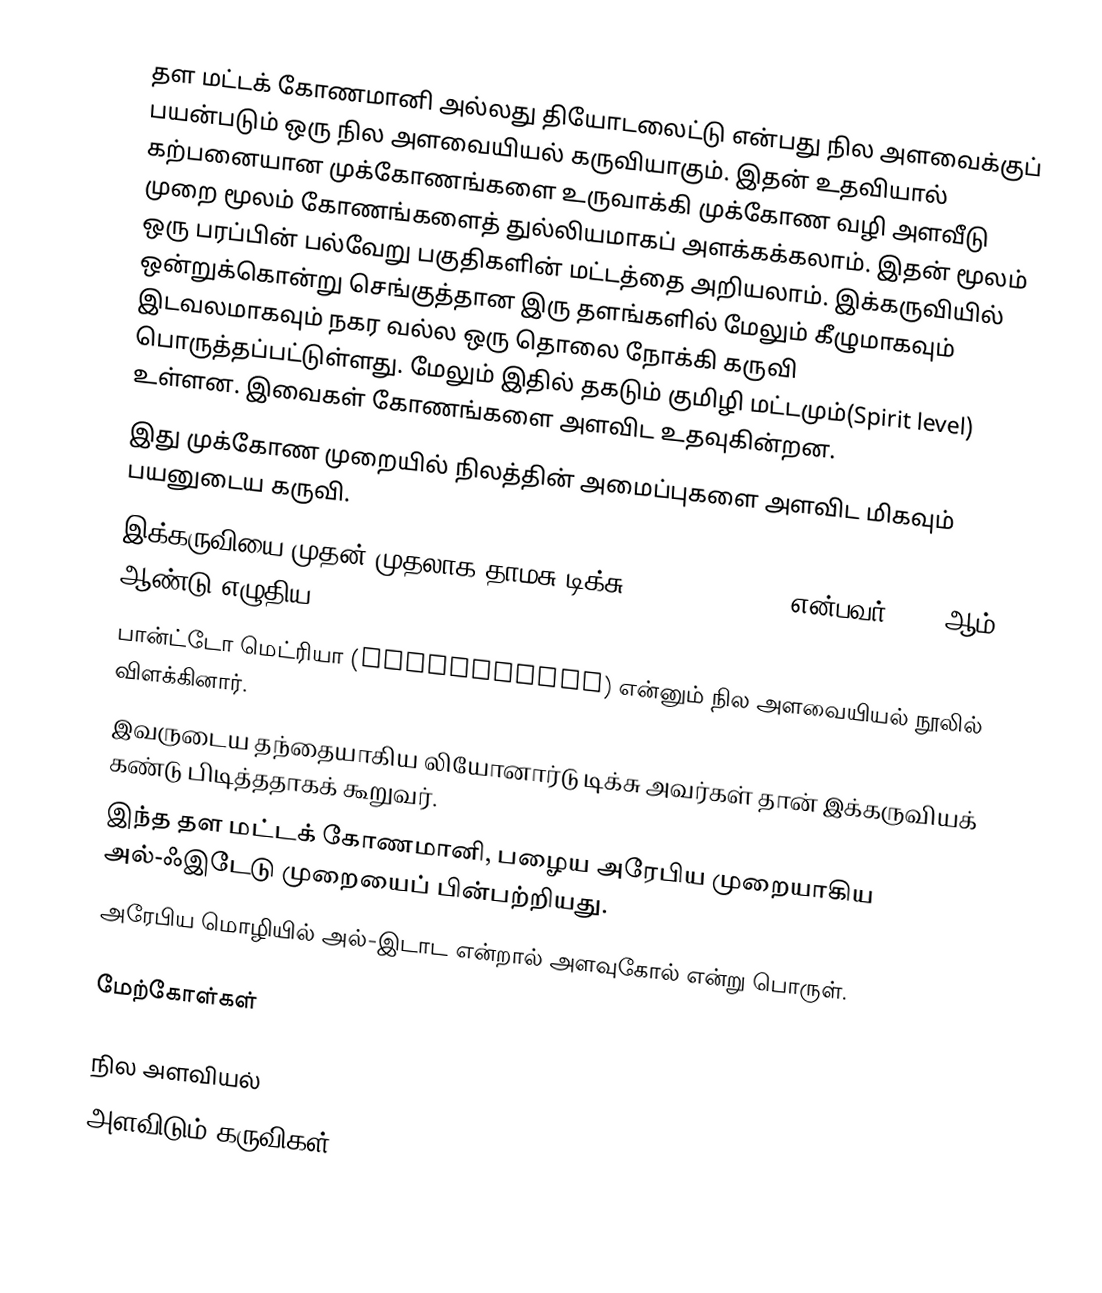
தள மட்டக் கோணமானி அல்லது தியோடலைட்டு என்பது நில அளவைக்குப் பயன்படும் ஒரு நில அளவையியல் கருவியாகும். இதன் உதவியால் கற்பனையான முக்கோணங்களை உருவாக்கி முக்கோண வழி அளவீடு முறை மூலம் கோணங்களைத் துல்லியமாகப் அளக்கக்கலாம். இதன் மூலம் ஒரு பரப்பின் பல்வேறு பகுதிகளின் மட்டத்தை அறியலாம். இக்கருவியில் ஒன்றுக்கொன்று செங்குத்தான இரு தளங்களில் மேலும் கீழுமாகவும் இடவலமாகவும் நகர வல்ல ஒரு தொலை நோக்கி கருவி பொருத்தப்பட்டுள்ளது. மேலும் இதில் தகடும் குமிழி மட்டமும்(Spirit level) உள்ளன. இவைகள் கோணங்களை அளவிட உதவுகின்றன.
இது முக்கோண முறையில் நிலத்தின் அமைப்புகளை அளவிட மிகவும் பயனுடைய கருவி.
இக்கருவியை முதன் முதலாக தாமசு டிக்சு (Thomas Digges) என்பவர் 1571 ஆம் ஆண்டு எழுதிய
பான்ட்டோ மெட்ரியா (Pantometria) என்னும் நில அளவையியல் நூலில் விளக்கினார்.
இவருடைய தந்தையாகிய லியோனார்டு டிக்சு அவர்கள் தான் இக்கருவியக் கண்டு பிடித்ததாகக் கூறுவர்.
இந்த தள மட்டக் கோணமானி, பழைய அரேபிய முறையாகிய அல்-ஃஇடேடு முறையைப் பின்பற்றியது.
அரேபிய மொழியில் அல்-இடாட என்றால் அளவுகோல் என்று பொருள்.

மேற்கோள்கள்

நில அளவியல்
அளவிடும் கருவிகள்